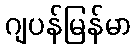
ဂျပန်မြန်မာ